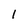
Character: I